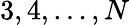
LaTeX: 3,4,\ldots,N